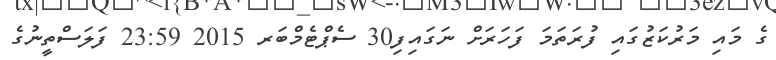
ގެ މައި މަރުކަޒުގައި ފުރަތަމަ ފަހަރަށް ނަގައިފި30 ސެޕްޓެމްބަރ 2015 23:59 ފަލަސްތީނުގެ